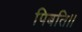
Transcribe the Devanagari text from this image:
पिबति।।